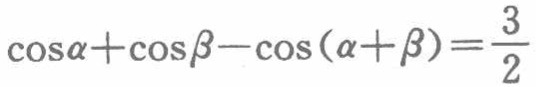
\(\cos\alpha+\cos\beta-\cos(\alpha + \beta)=\frac{3}{2}\)